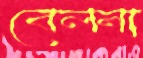
বেলনা